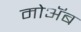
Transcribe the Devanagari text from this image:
मोॲब